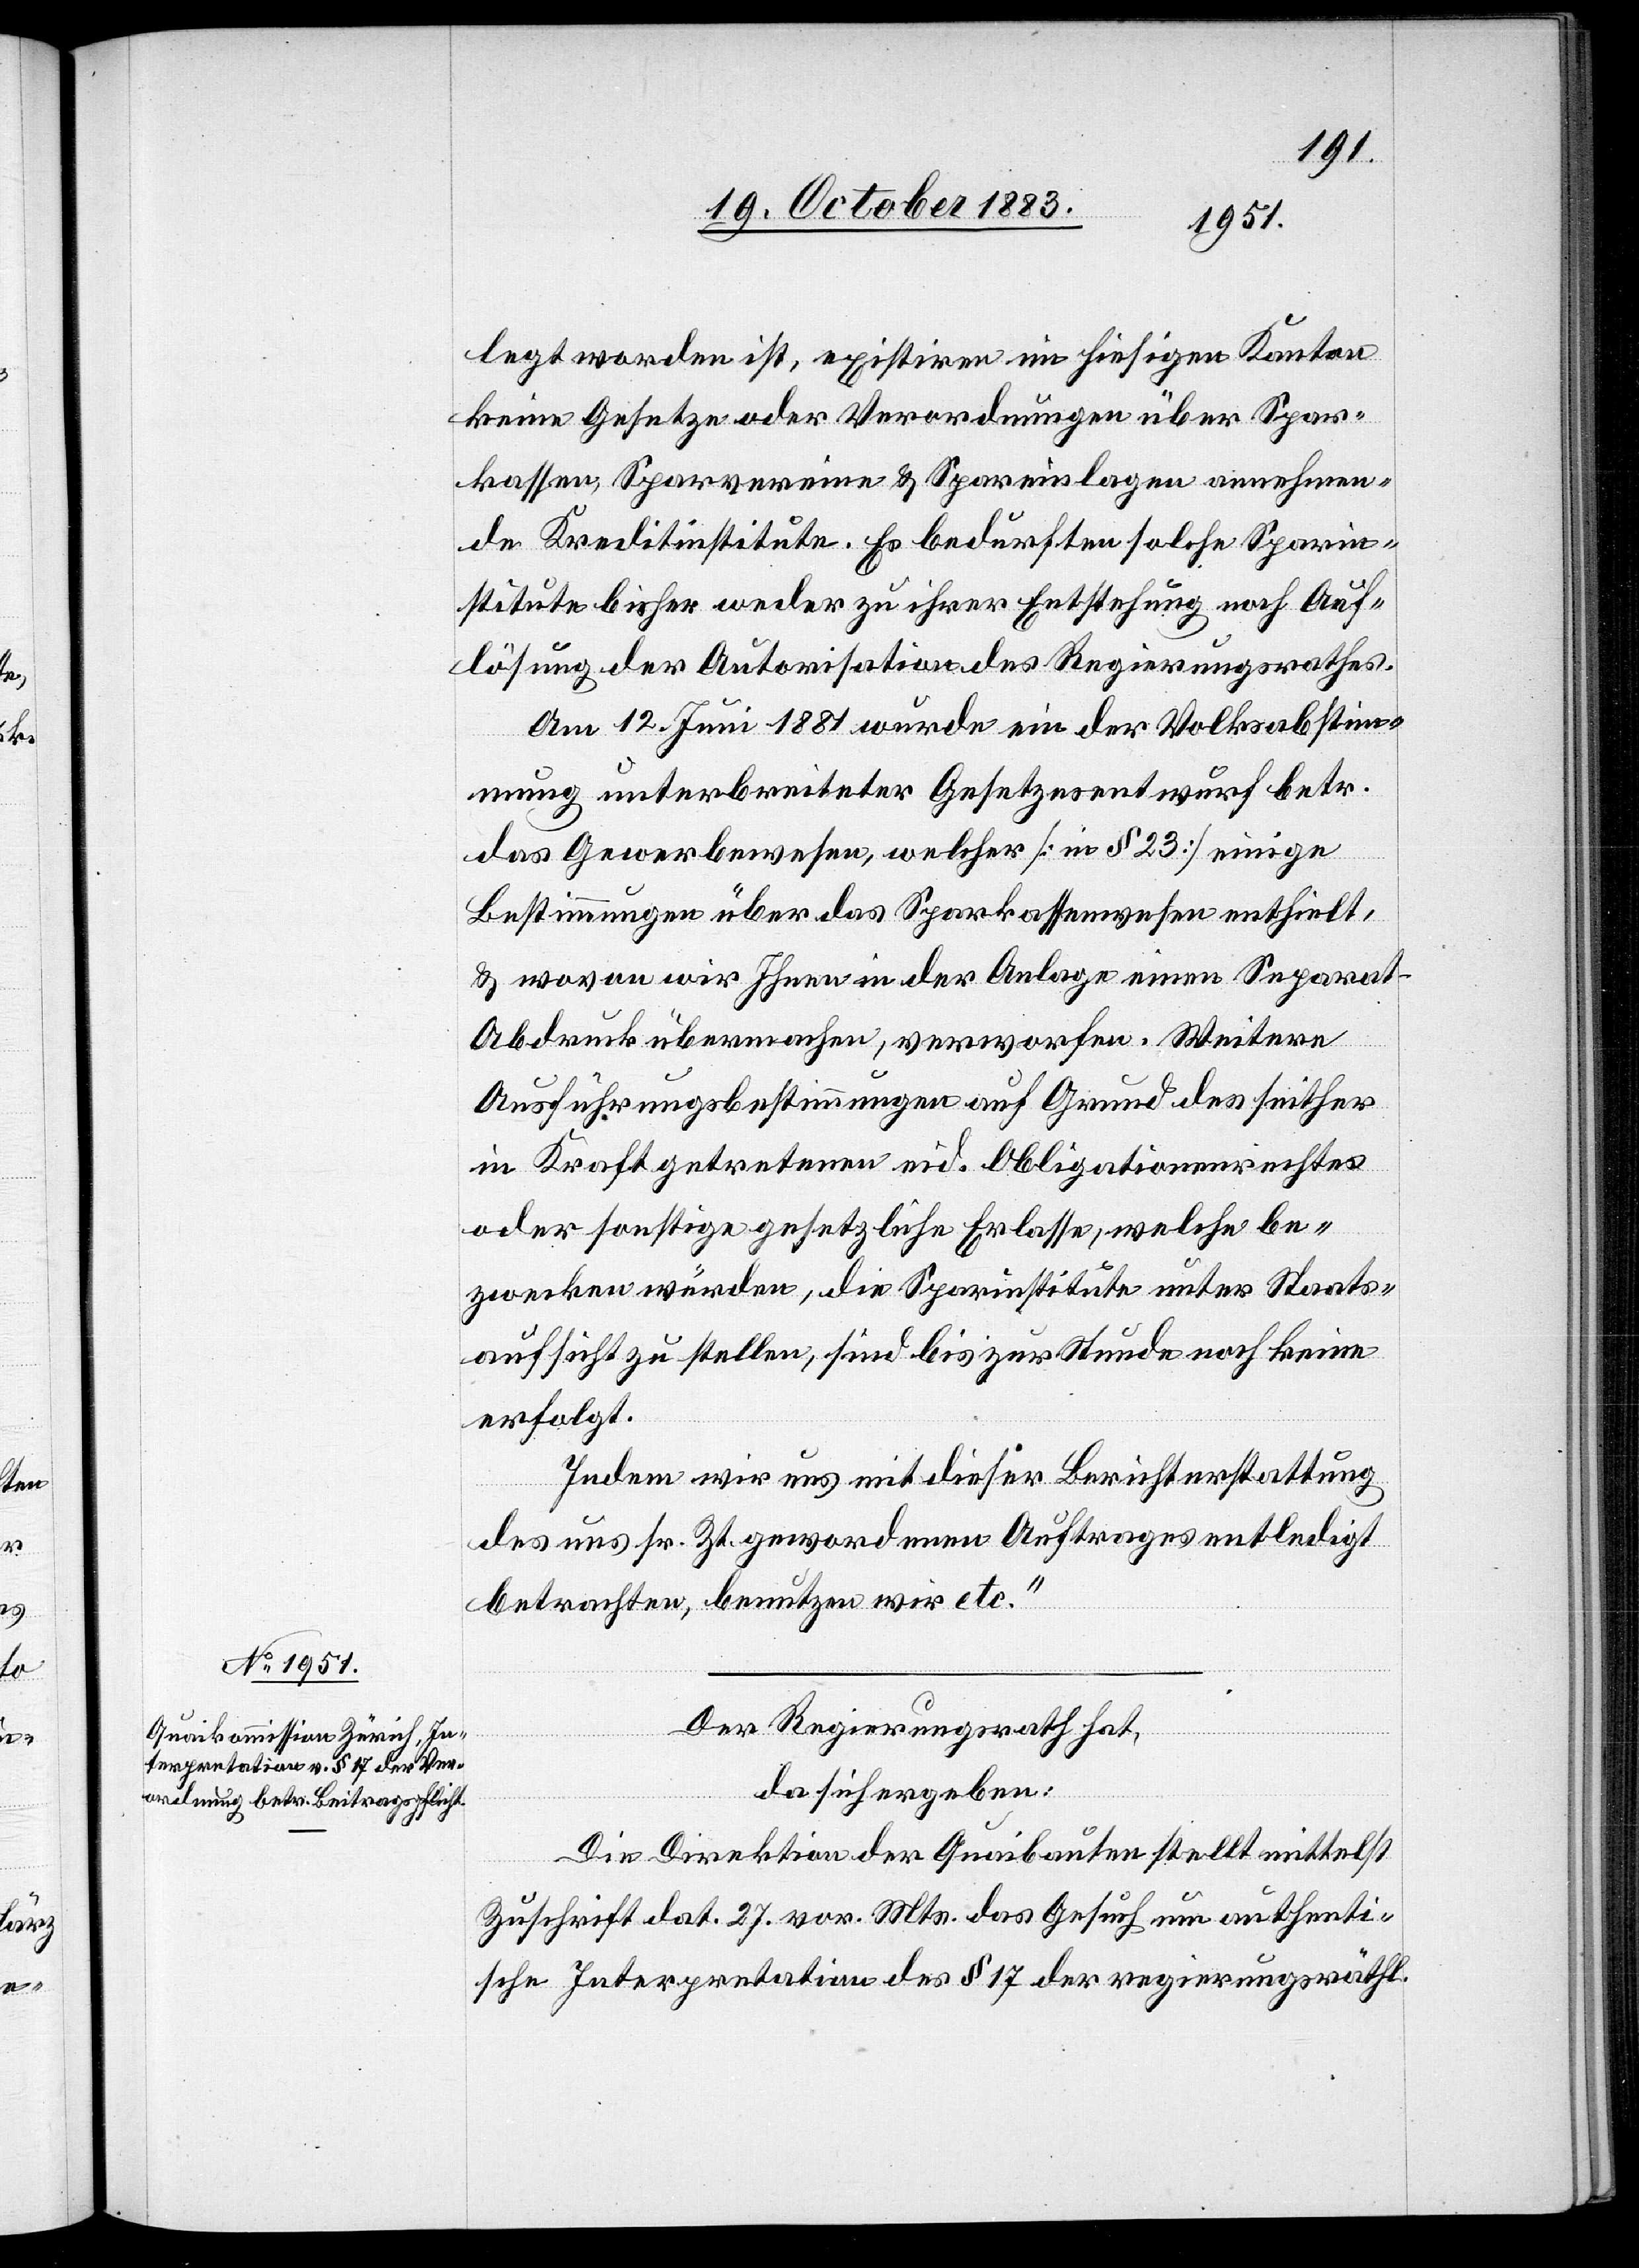
Der Regierungsrath hat,
da sich ergeben:
Die Direktion der Quaibauten stellt mittelst
Zuschrift dat. 27. vor. Mts. das Gesuch um authenti¬
sche Interpretation des § 17 der regierungsräthl.